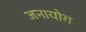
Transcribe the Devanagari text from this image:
जनायोग